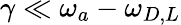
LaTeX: \gamma\ll\omega_{a}-\omega_{D,L}